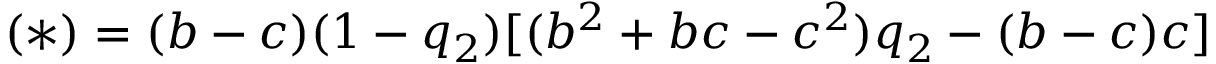
( \ast ) = ( b - c ) ( 1 - q _ { 2 } ) [ ( b ^ { 2 } + b c - c ^ { 2 } ) q _ { 2 } - ( b - c ) c ]